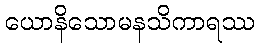
ယောနိသောမနသိကာရဿ